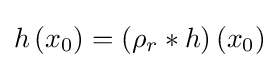
h\left(x_{0}\right)=\left(\rho _{r}*h\right)\left(x_{0}\right)